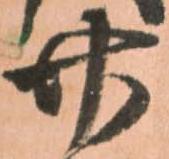
廿